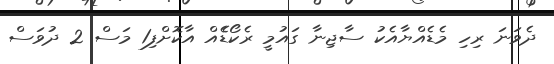
ދެވަނަ ރިހި މެޑެއްޔާއެކު ސާޖިނާ ގައުމީ ރެކޯޑެެއް އާކޮށްފި1 މަސް 2 ދުވަސް